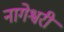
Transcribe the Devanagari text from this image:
नागेश्वरी